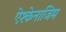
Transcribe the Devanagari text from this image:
ऐश्केनाजिम